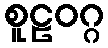
စူဠဝဂ္ဂ